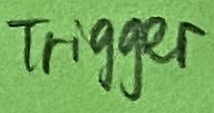
Text: Trigger